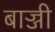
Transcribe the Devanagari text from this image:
बाज्जी